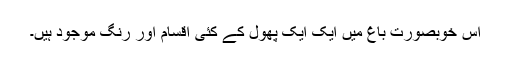
اس خوبصورت باغ میں ایک ایک پھول کے کئی اقسام اور رنگ موجود ہیں۔